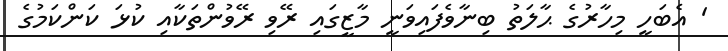
' އެބަހީ މިހާރުގެ ޙާލަތު ބިނާވެފައިވަނީ މާޒީގައި ރޭވި ރޭވުންތަކާއި ކުޅަ ކަންކަމުގެ